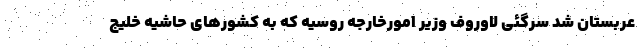
عربستان شد سرگئی لاوروف وزیر امورخارجه روسیه که به کشورهای حاشیه خلیج